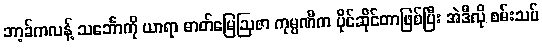
ဘာ့ခ်ကလန့် သင်္ဘောကို ယာရာ ဓာတ်မြေဩဇာ ကုမ္ပဏီက ပိုင်ဆိုင်တာဖြစ်ပြီး အဲဒီလို စမ်းသပ်